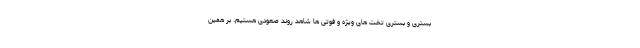
بستری و بستری تخت های ویژه و فوتی ها شاهد روند صعودی هستیم. بر همین